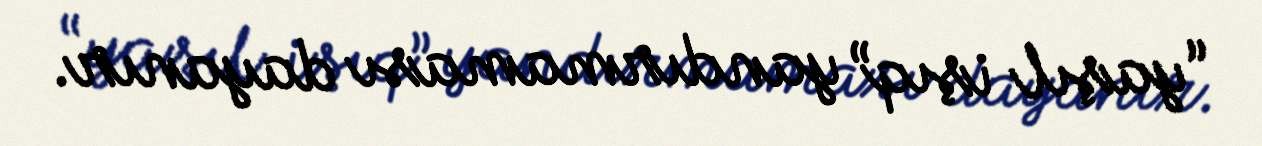
“yaşıl işıq” yandırmaması dayanır.